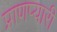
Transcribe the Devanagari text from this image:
प्राणप्यारी